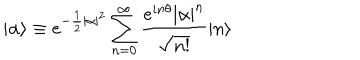
| \alpha \rangle \equiv e ^ { - \frac { 1 } { 2 } | \alpha | ^ { 2 } } \sum _ { n = 0 } ^ { \infty } \frac { e ^ { i n \theta } | \alpha | ^ { n } } { \sqrt { n ! } } | n \rangle